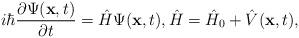
LaTeX: \begin{align*}\begin{array}{@{}l@{}}{\displaystyle i\hbar\frac{\partial \Psi(\mathbf{x},t)}{\partial t}=\hat{H}\Psi(\mathbf{x},t),\hat{H}=\hat{H}_0+\hat{V}(\mathbf{x},t)},\end{array}\end{align*}